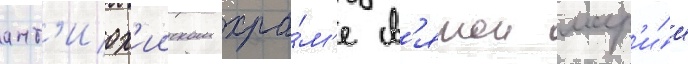
ант'иох'ииском хра́м'е св'ятои мар'и́и